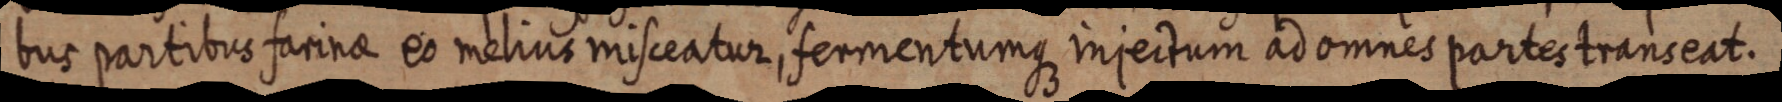
bus partibus farinae eo melius misceatur, fermentumque injectum ad omnes partes transeat.